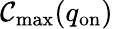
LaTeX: \mathcal{C}_{\mathrm{{max}}}(q_{\mathrm{{on}}})